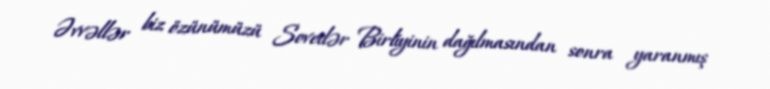
Əvvəllər biz özünümüzü Sovetlər Birliyinin dağılmasından sonra yaranmış